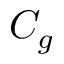
C _ { g }